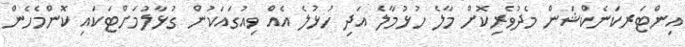
އިންޓަރކަނެކްޝަން މެދުވެރިކޮށް މާލެ ހުޅުމާލެ އަދި ހުޅުލެ އެއް ވިއުގައަކުން ގުޅާލުމަށްޓަކައި ކޮންމެހެން